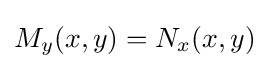
M_{y}(x,y)=N_{x}(x,y)